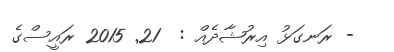
- ރަނގަޅު އިރުޝާދެއް :  21